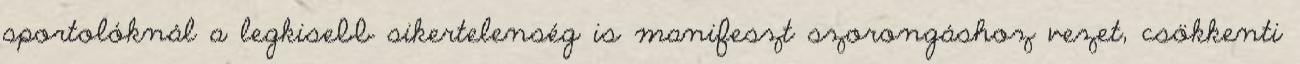
sportolóknál a legkisebb sikertelenség is manifeszt szorongáshoz vezet, csökkenti